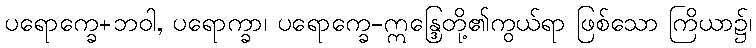
ပရောက္ခေ+ဘဝါ, ပရောက္ခာ၊ ပရောက္ခေ-ဣန္ဒြေတို့၏ကွယ်ရာ ဖြစ်သော ကြိယာ၌၊